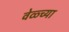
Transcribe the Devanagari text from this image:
वेळ्च्या